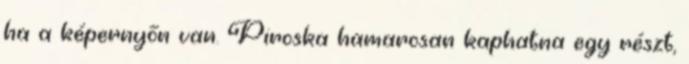
ha a képernyőn van. Piroska hamarosan kaphatna egy részt,